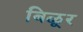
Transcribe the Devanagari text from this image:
बिळूर